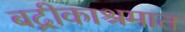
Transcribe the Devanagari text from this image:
बद्रीकाश्रमात